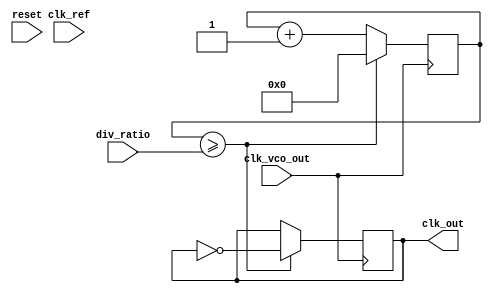
module CP_PLL (
    input wire clk_ref,       // Reference clock input
    input wire clk_vco_out,   // VCO output clock
    input wire reset,         // Reset signal
    input wire [3:0] div_ratio, // Division ratio for feedback
    output reg clk_out        // Output clock
);

// Phase Detector Signals
reg up, down;
reg [3:0] phase_error;

// Charge Pump Signals
reg charge_pump_output;
reg [7:0] control_voltage;

// Loop Filter (Simple RC Filter Simulation)
reg [7:0] loop_filter_output;

// Voltage-Controlled Oscillator (VCO)
reg [7:0] vco_frequency;
reg [7:0] vco_control_voltage;

// Feedback Divider
reg [3:0] feedback_counter;

// Phase Detector Implementation
always @(posedge clk_ref or posedge reset) begin
    if (reset) begin
        up <= 0;
        down <= 0;
        phase_error <= 0;
    end else begin
        // Simplified phase detection logic
        if (clk_vco_out) begin
            phase_error <= phase_error + 1; // Increment phase error
            if (phase_error > 4) begin
                up <= 1; // VCO lags, increment frequency
                down <= 0;
            end else if (phase_error < 4) begin
                up <= 0;
                down <= 1; // VCO leads, decrement frequency
            end else begin
                up <= 0;
                down <= 0; // In phase
            end
        end
    end
end

// Charge Pump Implementation
always @(posedge clk_ref) begin
    if (up) begin
        charge_pump_output <= charge_pump_output + 1; // Increment output
    end else if (down) begin
        charge_pump_output <= charge_pump_output - 1; // Decrement output
    end
end

// Loop Filter Implementation (Simple averaging)
always @(posedge clk_ref) begin
    loop_filter_output <= (loop_filter_output + charge_pump_output) >> 1; // Simple low-pass filter
end

// VCO Implementation
always @(posedge clk_ref) begin
    vco_control_voltage <= loop_filter_output; // Control voltage from loop filter
    vco_frequency <= vco_control_voltage; // Frequency set by control voltage
end

// Feedback Divider Implementation
always @(posedge clk_vco_out) begin
    feedback_counter <= feedback_counter + 1;
    if (feedback_counter >= div_ratio) begin
        clk_out <= ~clk_out; // Toggle output clock
        feedback_counter <= 0; // Reset counter
    end
end

endmodule